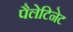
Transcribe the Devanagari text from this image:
पैलेटिनेट